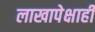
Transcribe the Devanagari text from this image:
लाखापेक्षाही